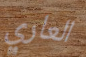
العاري